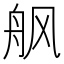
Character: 𱼸